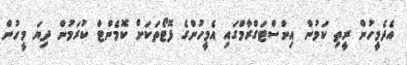
އެދެމީހުން ރީތި ކަމުން އިންސްޓަގްރާމްގައި އެމީހުންގެ ފޮޓޯތަކަށް ކޮމެންޓް ކުރަމުން ދިޔަ މީހުން